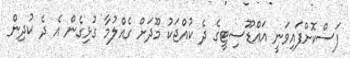
ފަސްކޮށްފައިވަނީ އައްޑޫސިޓީގެ ދެ ކުއްޖަކު މޫދަށް ގެއްލުމާ ގުޅިގެން އެ ދެ ކުދިން